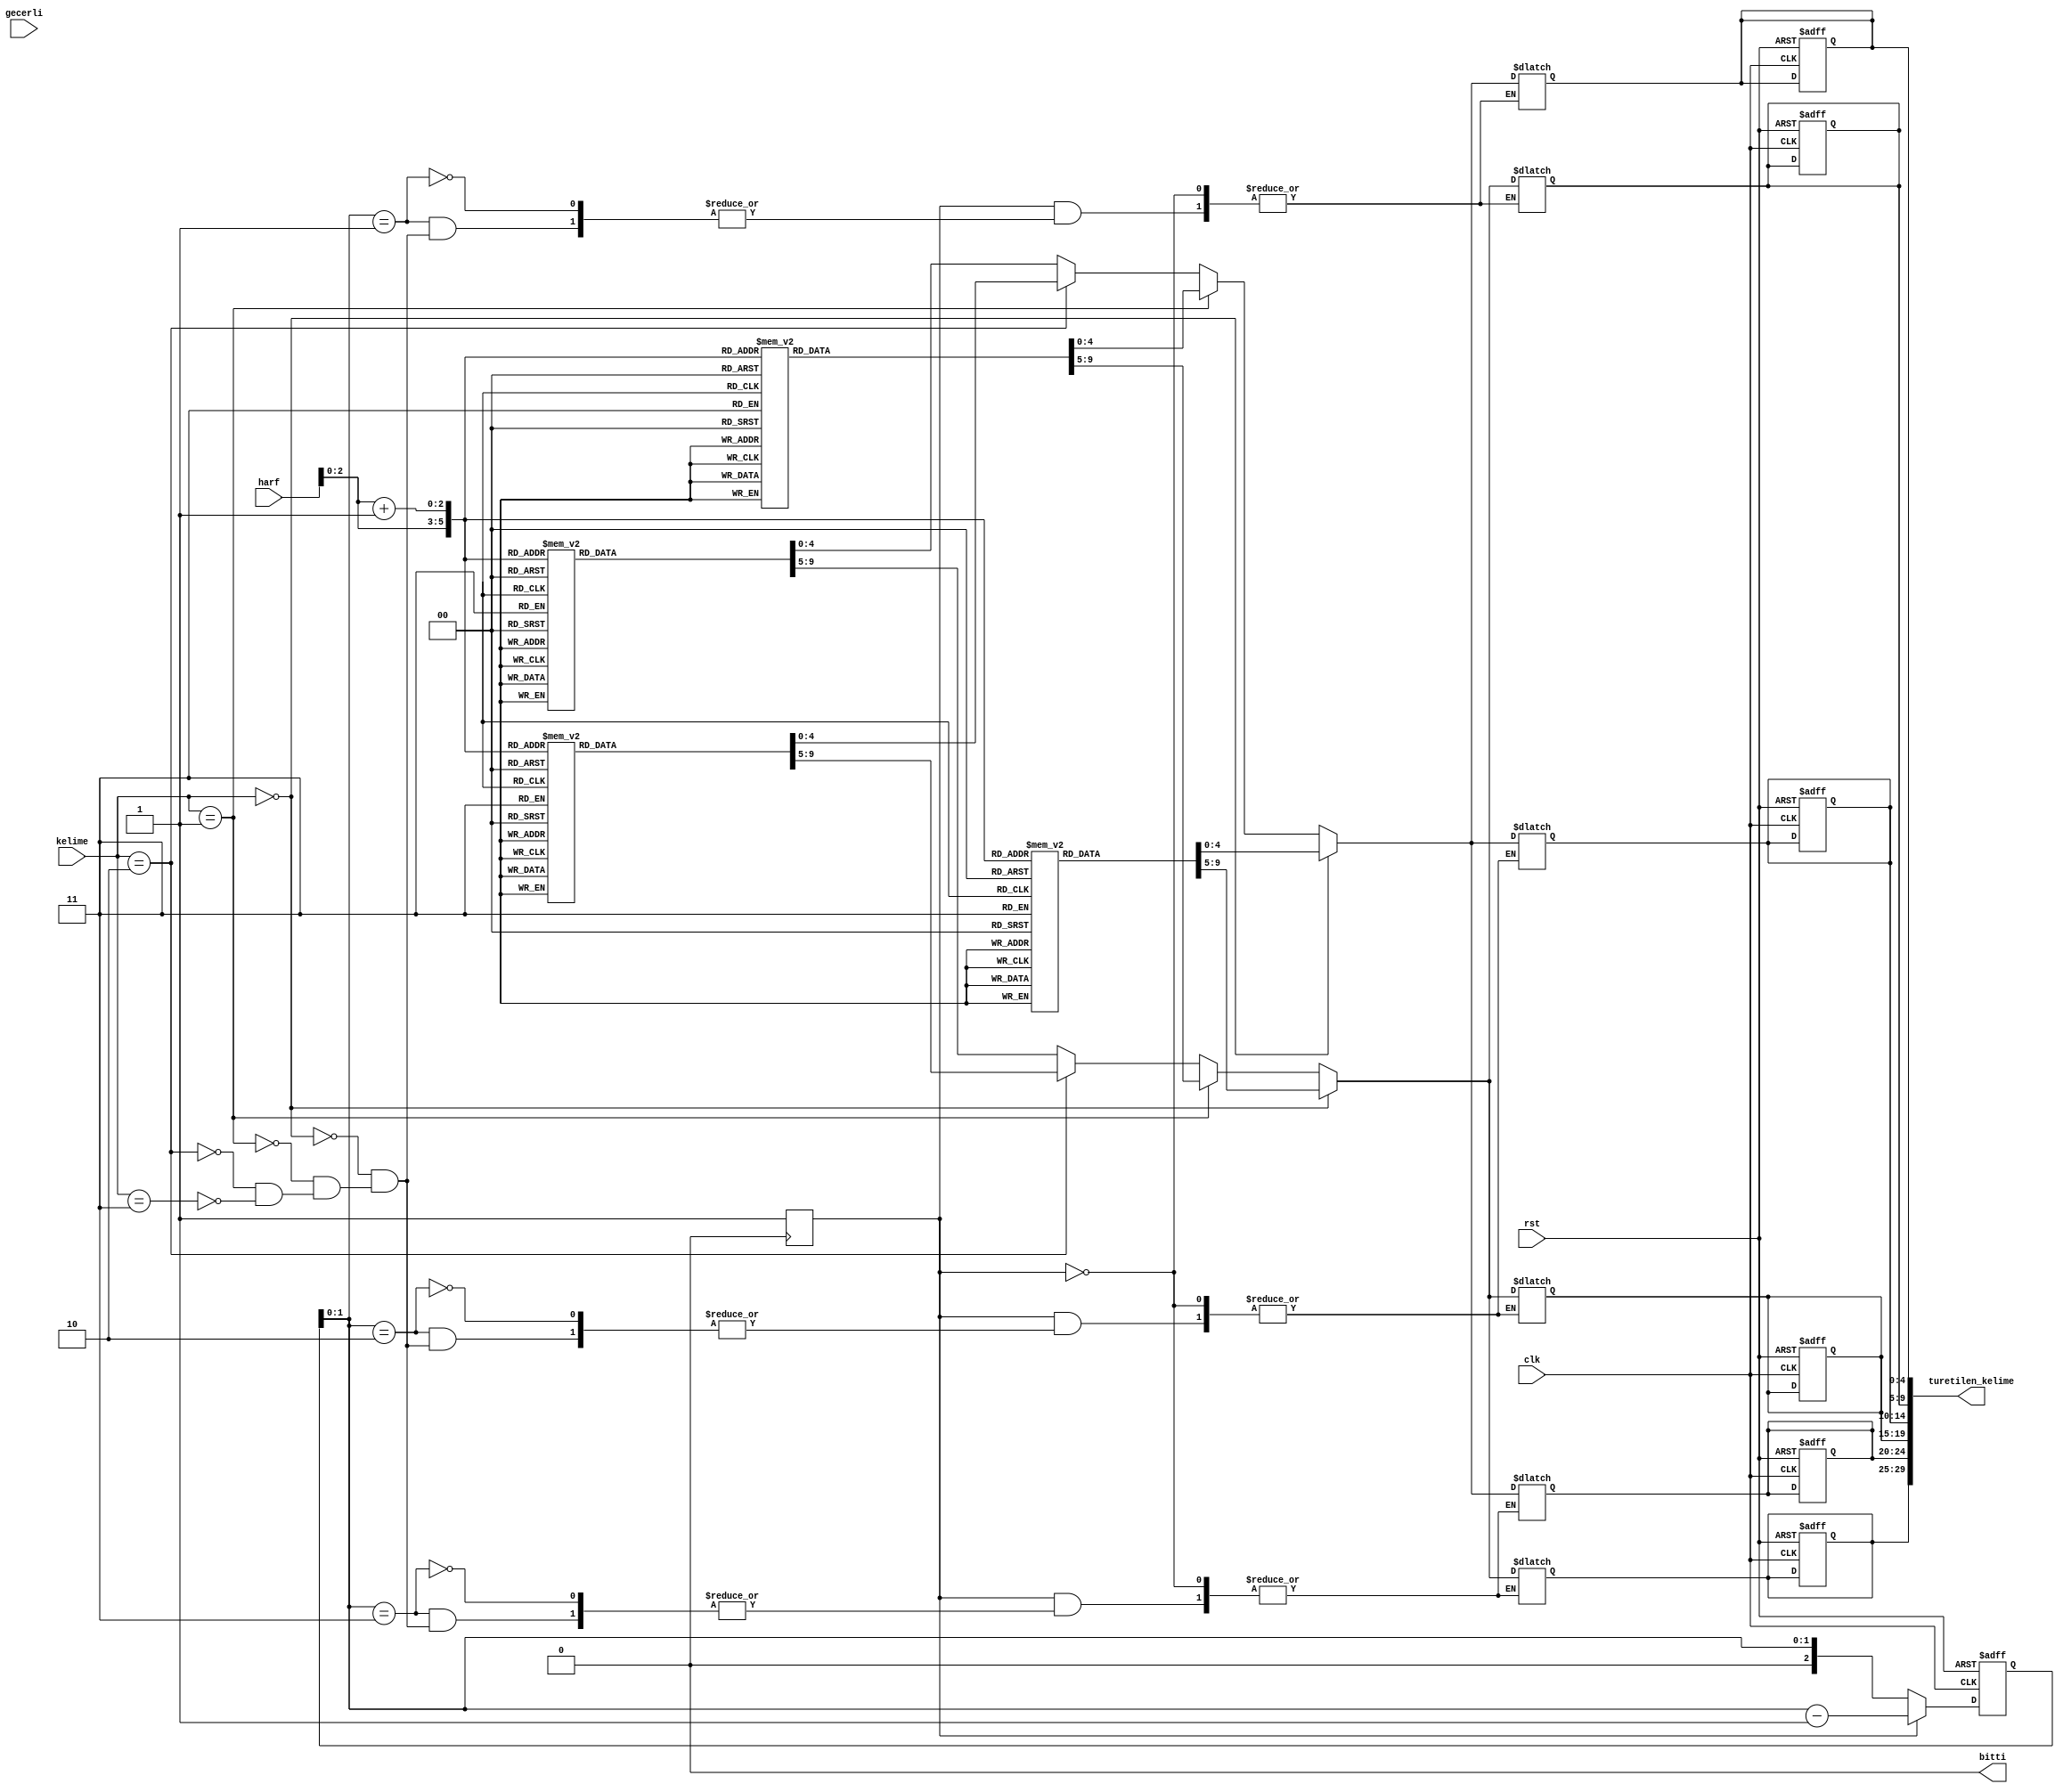
`timescale 1ns / 1ps

module kelime_turet(
    input clk,rst,
    input [2:0]kelime,
    input [3:0]harf,
    input gecerli,
    output bitti,
    output [29:0]turetilen_kelime
    );
    localparam A = 5'd0 ;
    localparam B = 5'd1 ;
    localparam C = 5'd2 ;
    localparam D = 5'd4 ;
    localparam E = 5'd5 ;
    localparam F = 5'd6 ;
    localparam G = 5'd7 ;
    localparam H = 5'd9 ;
    localparam I = 5'd10 ;
    localparam J = 5'd12 ;
    localparam K = 5'd13 ;
    localparam L = 5'd14 ;
    localparam M = 5'd15 ;
    localparam N = 5'd16 ; 
    localparam O = 5'd17 ;
    localparam P = 5'd19 ;
    localparam R = 5'd20 ;
    localparam S = 5'd21 ;
    localparam T = 5'd23 ;
    localparam U = 5'd24 ;
    localparam V = 5'd26 ;
    localparam Y = 5'd27 ;
    localparam Z = 5'd28 ;
    // turetilen kelimelerin 5'er bitlik parcalari
    reg [4:0] part1,part2,part3,part4,part5,part6 ;
    
    reg [4:0] iki_boyutlu_tablo_satir_1 [4:0] ;
    reg [4:0] iki_boyutlu_tablo_satir_2 [4:0] ;
    reg [4:0] iki_boyutlu_tablo_satir_3 [4:0] ;
    reg [4:0] iki_boyutlu_tablo_satir_4 [4:0] ;
    reg bitti_r = 0 ;
    reg uc_Cevrim_clk_baslat = 1'b0 ;
    reg [2:0]sayac = 3'b0 ;
    initial begin
        iki_boyutlu_tablo_satir_1[0] = P ;
        iki_boyutlu_tablo_satir_1[1] = A ;
        iki_boyutlu_tablo_satir_1[2] = Z ;
        iki_boyutlu_tablo_satir_1[3] = A ;
        iki_boyutlu_tablo_satir_1[4] = R ;
        
        iki_boyutlu_tablo_satir_2[0] = M ;
        iki_boyutlu_tablo_satir_2[1] = A ;
        iki_boyutlu_tablo_satir_2[2] = N ;
        iki_boyutlu_tablo_satir_2[3] = A ;
        iki_boyutlu_tablo_satir_2[4] = V ;
        
        iki_boyutlu_tablo_satir_3[0] = V ;
        iki_boyutlu_tablo_satir_3[1] = I ;
        iki_boyutlu_tablo_satir_3[2] = R ;
        iki_boyutlu_tablo_satir_3[3] = U ;
        iki_boyutlu_tablo_satir_3[4] = S ;
        
        iki_boyutlu_tablo_satir_4[0] = H ;
        iki_boyutlu_tablo_satir_4[1] = A ;
        iki_boyutlu_tablo_satir_4[2] = S ;
        iki_boyutlu_tablo_satir_4[3] = T ;
        iki_boyutlu_tablo_satir_4[4] = A ;
    end
    
  
    always@(sayac)begin
         if(sayac != 0)begin
            case(sayac)
                    3'b11: begin
                        if(kelime == 2'd0)begin
                            part1 <= iki_boyutlu_tablo_satir_1[harf];
                            part2 <= iki_boyutlu_tablo_satir_1[harf+1];
                        end    
                        else if(kelime == 2'd1)begin
                            part1 <= iki_boyutlu_tablo_satir_2[harf];
                            part2 <= iki_boyutlu_tablo_satir_2[harf+1];
                        end
                        else if(kelime == 2'd2)begin
                            part1 <= iki_boyutlu_tablo_satir_3[harf];
                            part2 <= iki_boyutlu_tablo_satir_3[harf+1];
                        end
                        else if(kelime == 2'd3)begin
                            part1 <= iki_boyutlu_tablo_satir_4[harf];
                            part2 <= iki_boyutlu_tablo_satir_4[harf+1];
                        end
                    end
                    3'b10: begin
                        if(kelime == 2'd0)begin
                            part3 <= iki_boyutlu_tablo_satir_1[harf];
                            part4 <= iki_boyutlu_tablo_satir_1[harf+1];
                        end    
                        else if(kelime == 2'd1)begin
                            part3 <= iki_boyutlu_tablo_satir_2[harf];
                            part4 <= iki_boyutlu_tablo_satir_2[harf+1];
                        end
                        else if(kelime == 2'd2)begin
                            part3 <= iki_boyutlu_tablo_satir_3[harf];
                            part4 <= iki_boyutlu_tablo_satir_3[harf+1];
                        end
                        else if(kelime == 2'd3)begin
                            part3 <= iki_boyutlu_tablo_satir_4[harf];
                            part4 <= iki_boyutlu_tablo_satir_4[harf+1];
                        end
                    end
                    3'b01: begin
                        if(kelime == 2'd0)begin
                            part5 <= iki_boyutlu_tablo_satir_1[harf];
                            part6 <= iki_boyutlu_tablo_satir_1[harf+1];
                        end    
                        else if(kelime == 2'd1)begin
                            part5 <= iki_boyutlu_tablo_satir_2[harf];
                            part6 <= iki_boyutlu_tablo_satir_2[harf+1];
                        end
                        else if(kelime == 2'd2)begin
                            part5 <= iki_boyutlu_tablo_satir_3[harf];
                            part6 <= iki_boyutlu_tablo_satir_3[harf+1];
                        end
                        else if(kelime == 2'd3)begin
                            part5 <= iki_boyutlu_tablo_satir_4[harf];
                            part6 <= iki_boyutlu_tablo_satir_4[harf+1];
                        end
                        bitti_r <= 1;
                    end
                endcase
        end
    end
    
    always@(posedge clk , posedge rst)begin
        if(rst)begin
            bitti_r <= 1'b0 ;
            uc_Cevrim_clk_baslat <= 1'b0 ;
            sayac <= 3'd0 ;
            part1 <= 0 ;
            part2 <= 0 ;
            part3 <= 0 ;
            part4 <= 0 ;
            part5 <= 0 ;
            part6 <= 0 ;
        end
        else begin
            if(bitti_r == 1)begin
                bitti_r <= 0;
            end    
            if(sayac == 0)begin
                if(gecerli)begin
                    uc_Cevrim_clk_baslat= 1'b1 ;
                end
            end
            if(sayac != 0)begin
                sayac <=sayac -1 ;
            end             
        end
    end
    
    always@(posedge uc_Cevrim_clk_baslat)begin
        sayac <= 3'b11 ;
        uc_Cevrim_clk_baslat = 1'b0 ;
    end
    
    assign turetilen_kelime = {part1,part2,part3,part4,part5,part6} ;
    assign bitti = bitti_r ;
    
endmodule